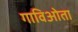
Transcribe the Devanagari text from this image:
गाविओता